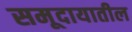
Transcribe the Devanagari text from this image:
समूदायातील